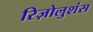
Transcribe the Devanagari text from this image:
रिज़ोलुशंस